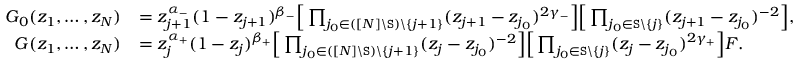
\begin{array} { r l } { G _ { 0 } ( z _ { 1 } , \ldots , z _ { N } ) } & { = z _ { j + 1 } ^ { \alpha _ { - } } ( 1 - z _ { j + 1 } ) ^ { \beta _ { - } } \Big [ \prod _ { j _ { 0 } \in ( [ N ] \backslash \mathtt { S } ) \backslash \{ j + 1 \} } ( z _ { j + 1 } - z _ { j _ { 0 } } ) ^ { 2 \gamma _ { - } } \Big ] \Big [ \prod _ { j _ { 0 } \in \mathtt { S } \backslash \{ j \} } ( z _ { j + 1 } - z _ { j _ { 0 } } ) ^ { - 2 } \Big ] , } \\ { G ( z _ { 1 } , \ldots , z _ { N } ) } & { = z _ { j } ^ { \alpha _ { + } } ( 1 - z _ { j } ) ^ { \beta _ { + } } \Big [ \prod _ { j _ { 0 } \in ( [ N ] \backslash \mathtt { S } ) \backslash \{ j + 1 \} } ( z _ { j } - z _ { j _ { 0 } } ) ^ { - 2 } \Big ] \Big [ \prod _ { j _ { 0 } \in \mathtt { S } \backslash \{ j \} } ( z _ { j } - z _ { j _ { 0 } } ) ^ { 2 \gamma _ { + } } \Big ] F . } \end{array}